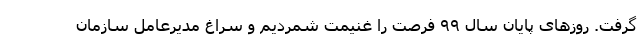
گرفت. روزهای پایان سال ۹۹ فرصت را غنیمت شمردیم و سراغ مدیرعامل سازمان